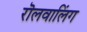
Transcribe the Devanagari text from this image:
रॊलवालिंग